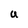
Character: u